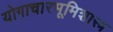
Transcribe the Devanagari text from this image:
योगाचारभूमिशास्त्र